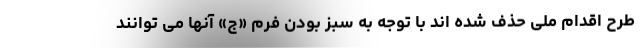
طرح اقدام ملی حذف شده اند با توجه به سبز بودن فرم «ج» آنها می توانند